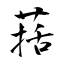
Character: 葀